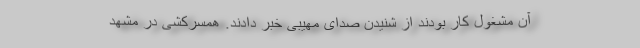
آن مشغول کار بودند از شنیدن صدای مهیبی خبر دادند. همسرکشی در مشهد